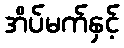
အိပ်မက်နှင့်